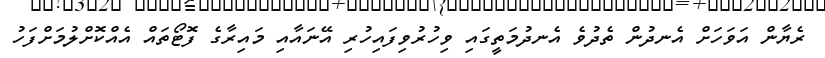
ރެޔާން އަވަހަށް އެނދުން ތެދުވެ އެނދުމަތީގައި ވިހުރުވިފައިހުރި އޭނައާއި މައިރާގެ ފޮޓޯތައް އެއްކޮށްލުމަށްފަހު